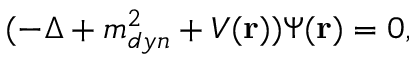
( - \Delta + m _ { d y n } ^ { 2 } + V ( { \bf r } ) ) \Psi ( { \bf r } ) = 0 ,